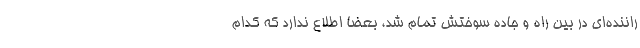
راننده‌ای در بین راه و جاده سوختش تمام شد، بعضا اطلاع ندارد که کدام